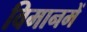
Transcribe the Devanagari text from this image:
विमानमें